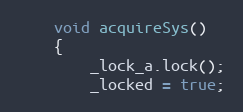
Language: C
	void acquireSys()
	{
		_lock_a.lock();
		_locked = true;